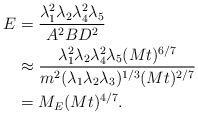
LaTeX: \begin{align*}E&=\frac{\lambda_1^2\lambda_2\lambda_4^2\lambda_5}{A^2BD^2}\\&\approx\frac{\lambda_1^2\lambda_2\lambda_4^2\lambda_5(Mt)^{6/7}}{m^2(\lambda_1\lambda_2\lambda_3)^{1/3}(Mt)^{2/7}}\\&=M_E(Mt)^{4/7}.\end{align*}